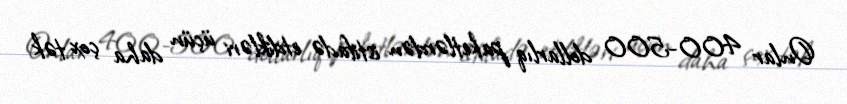
Onlar 400-500 dollarlıq paketlərdən istifadə etdikləri üçün daha çox tək